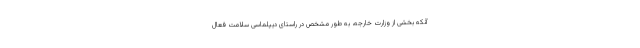
آنکه بخشی از وزارت خارجه، به طور مشخص در راستای دیپلماسی سلامت فعال